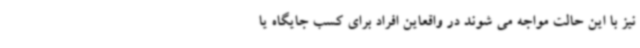
نیز با این حالت مواجه می شوند در واقعاین افراد برای کسب جایگاه یا